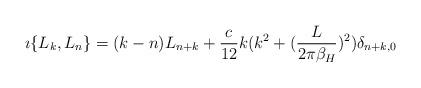
LaTeX: \begin{align*}\imath \{L_k,L_n \}=(k-n) L_{n+k}+ {c\over 12} k(k^2+({L\over 2\pi\beta_H})^2)\delta_{n+k,0}\end{align*}